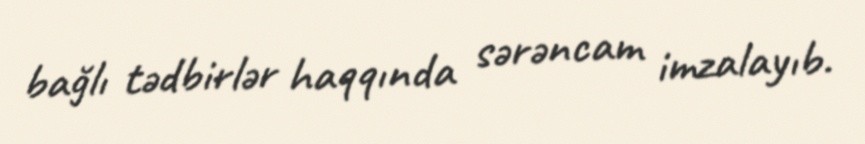
bağlı tədbirlər haqqında sərəncam imzalayıb.